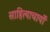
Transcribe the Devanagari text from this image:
साहित्याचार्यों